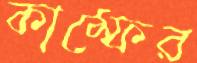
কাম্ফের